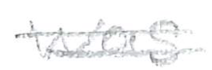
Text: was
Cross-out: double-line
Writing tool: pencil